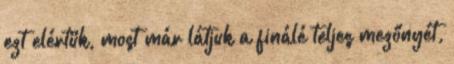
ezt elértük, most már látjuk a finálé teljes mezőnyét,